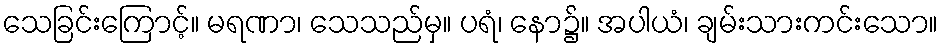
သေခြင်းကြောင့်။ မရဏာ၊ သေသည်မှ။ ပရံ၊ နော၌။ အပါယံ၊ ချမ်းသားကင်းသော။